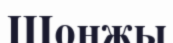
Шонжы